Madras plague regulations and rules - Volume 2
Disease focus: Plague
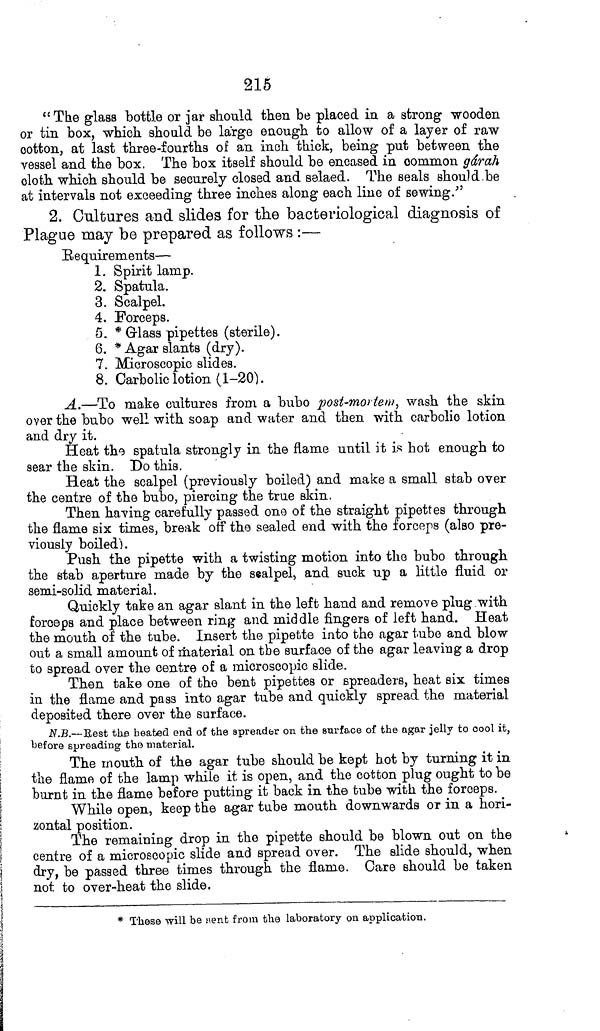
215
"The glass bottle or jar should then be placed in a strong wooden
or tin box, which should be large enough to allow of a layer of raw
cotton, at last three-fourths of an inch thick, being put between the
vessel and the box. The box itself should be encased in common gárah
cloth which should be securely closed and selaed. The seals should be
at intervals not exceeding three inches along each line of sewing."
2. Cultures and slides for the bacteriological diagnosis of
Plague may be prepared as follows :
Requirements—
1. Spirit lamp.
2. Spatula.
3. Scalpel.
4. Forceps.
5. * Glass pipettes (sterile).
6. * Agar slants (dry).
7. Microscopic slides.
8. Carbolic lotion (1-20).
A.—To make cultures from a bubo post-mortem, wash the skin
over the bubo well with soap and water and then with carbolic lotion
and dry it.
Heat the spatula strongly in the flame until it is hot enough to
sear the skin. Do this.
Heat the scalpel (previously boiled) and make a small stab over
the centre of the bubo, piercing the true skin.
Then having carefully passed one of the straight pipettes through
the flame six times, break off the sealed end with the forceps (also pre-
viously boiled).
Push the pipette with a twisting motion into the bubo through
the stab aperture made by the sealpel, and suck up a little fluid or
semi-solid material.
Quickly take an agar slant in the left hand and remove plug with
forceps and place between ring and middle fingers of left hand. Heat
the mouth of the tube. Insert the pipette into the agar tube and blow
out a small amount of material on the surface of the agar leaving a drop
to spread over the centre of a microscopic slide.
Then take one of the bent pipettes or spreaders, heat six times
in the flame and pass into agar tube and quickly spread the material
deposited there over the surface.
N.B.—Rest the heated end of the spreader on the surface of the agar jelly to cool it,
before spreading the material.
The mouth of the agar tube should be kept hot by turning it in
the flame of the lamp while it is open, and the cotton plug ought to be
burnt in the flame before putting it back in the tube with the forceps.
While open, keep the agar tube mouth downwards or in a hori-
zontal position.
The remaining drop in the pipette should be blown out on the
centre of a microscopic slide and spread over. The slide should, when
dry, be passed three times through the flame. Care should be taken
not to over-heat the slide.
* These will be sent from the laboratory on application.